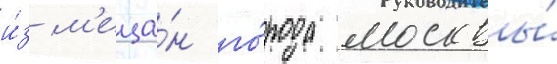
и́з м'еща́н го́рода москвы́